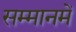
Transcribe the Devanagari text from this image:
सम्मानमें